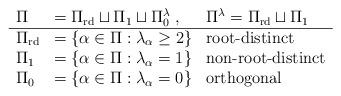
LaTeX: \begin{align*}\begin{array}{lll}\Pi &= \Pi_{\rm rd} \sqcup \Pi_1 \sqcup \Pi_0^\lambda \;,\; & \Pi^\lambda=\Pi_{\rm rd}\sqcup\Pi_1 \\\hline\Pi_{\rm rd} &= \{\alpha\in\Pi: \lambda_\alpha\geq 2\} & \textrm{root-distinct} \\\Pi_{1} &= \{\alpha\in\Pi: \lambda_\alpha=1\} & \textrm{non-root-distinct} \\\Pi_{0} &= \{\alpha\in\Pi: \lambda_\alpha=0\} & \textrm{orthogonal} \\\end{array}\end{align*}